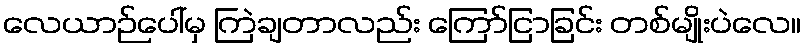
လေယာဉ်ပေါ်မှ ကြဲချတာလည်း ကြော်ငြာခြင်း တစ်မျိုးပဲလေ။